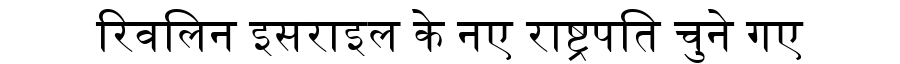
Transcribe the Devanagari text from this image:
रिवलिन इसराइल के नए राष्ट्रपति चुने गए